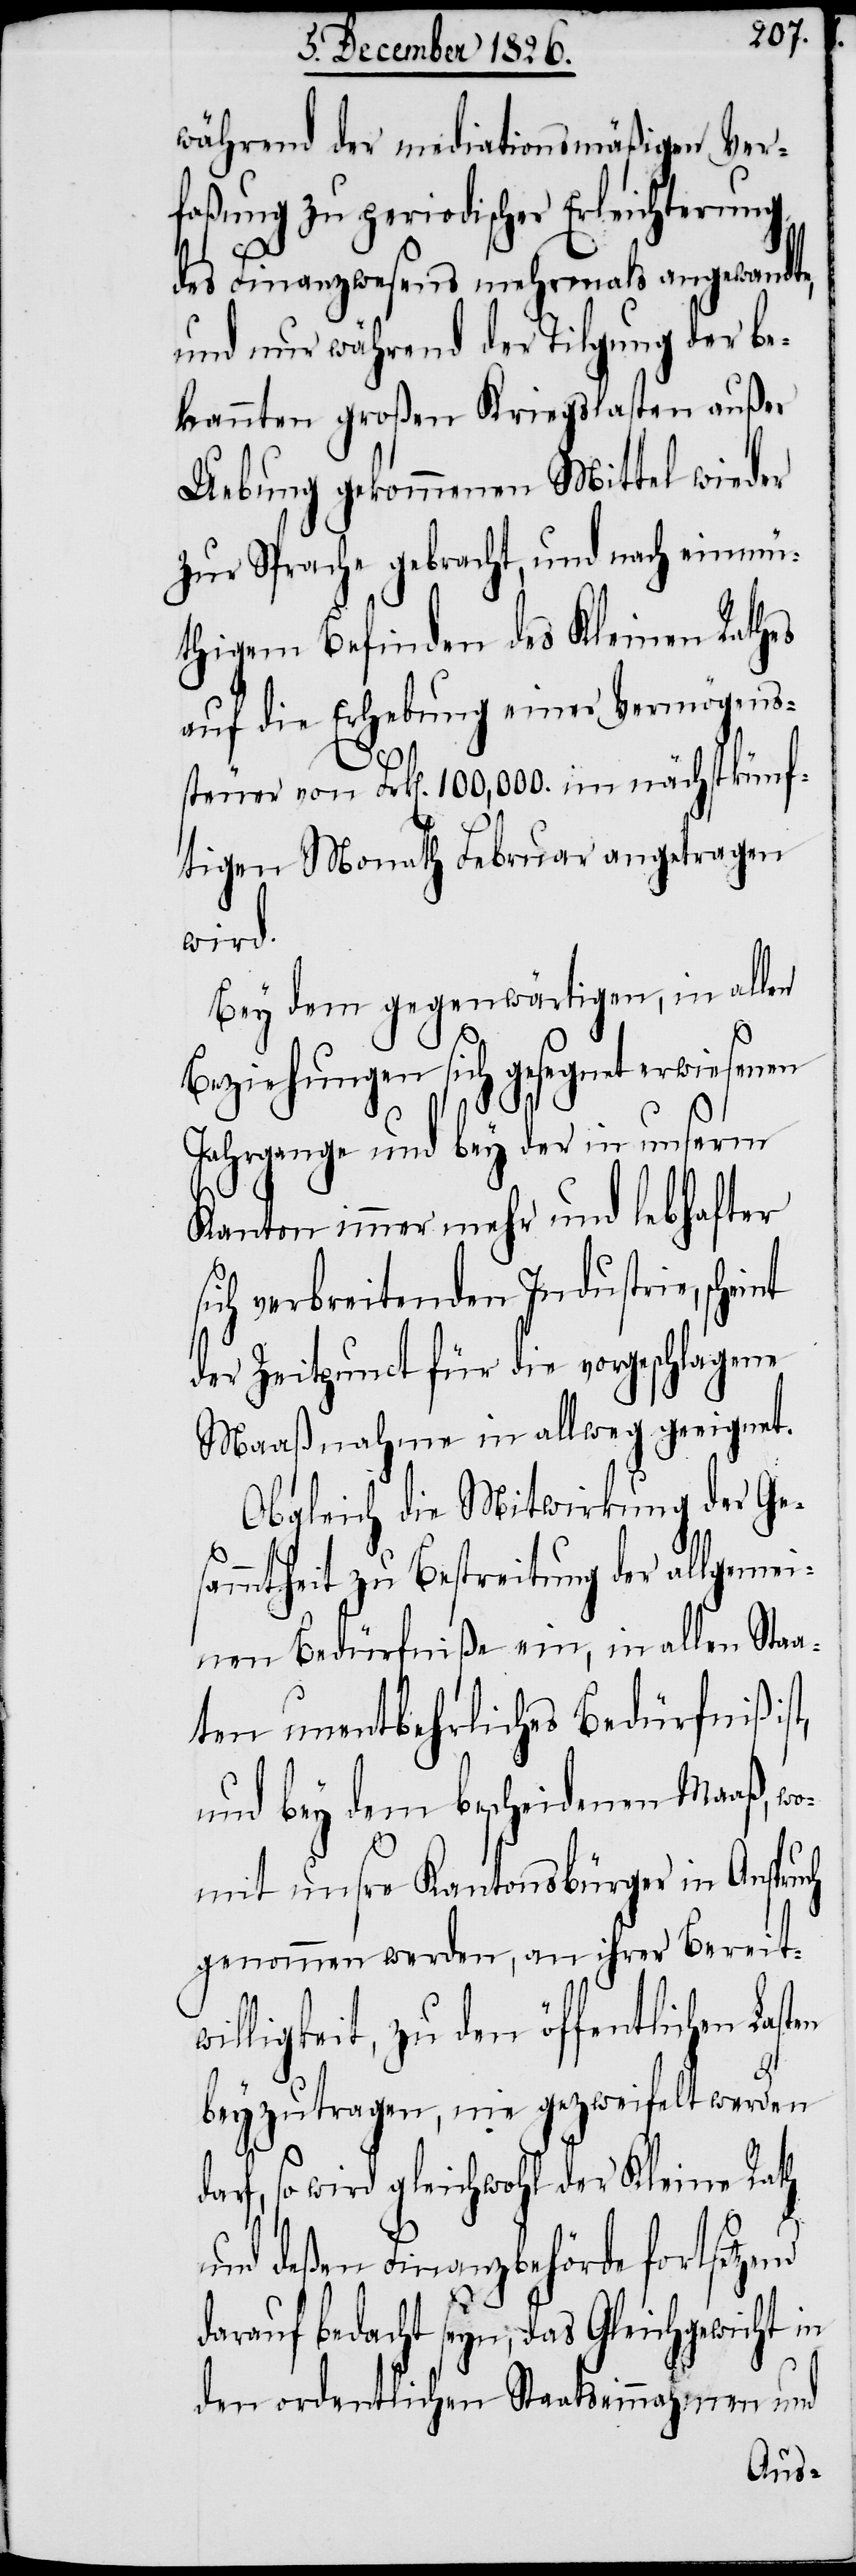
während der meditationsmäßigen Ver¬
faßung zu periodischer Erleichterung
des Finanzwesens mehrmals angewandte,
und nur während der Tilgung der be¬
kannten großen Kriegslasten außer
Uebung gekommenen Mittel wieder
zur Sprache gebracht, und nach einmü¬
thigem Befinden des Kleinen Rathes
auf die Erhebung einer Vermögens¬
steuer von Frk[en]. 100,000. im nächstkünf¬
tigen Monath Februar angetragen
wird.
Bey dem gegenwärtigen, in allen
Beziehungen sich gesegnet erwiesenen
Jahrgange und bey der in unserm
Kanton immer mehr und lebhafter
sich verbreitenden Industrie, scheint
der Zeitpunct für die vorgeschlagene
Maaßnahme in allweg geeignet.
Obgleich die Mitwirkung der Ges¬
ammtheit zu Bestreitung der allgemei¬
nen Bedürfniße ein, in allen Sta¬
aten unentbehrliches Bedürfniß
und bey dem bescheidenen Maaß, w¬
omit unsre Kantonsbürger in Anspruch
genommen werden, an ihrer Bereit¬
willigkeit, zu den öffentlichen
beyzutragen, nie gezweifelt werden d¬
arf, so wird gleichwohl der Kleine Rath
und deßen Finanzbehörde fortsetzend
darauf bedacht seyn, das Gleichgewicht in
den ordentlichen Staatseinnahmen und